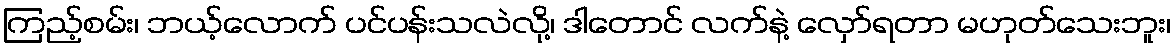
ကြည့်စမ်း၊ ဘယ့်လောက် ပင်ပန်းသလဲလို့၊ ဒါတောင် လက်နဲ့ လှော်ရတာ မဟုတ်သေးဘူး၊